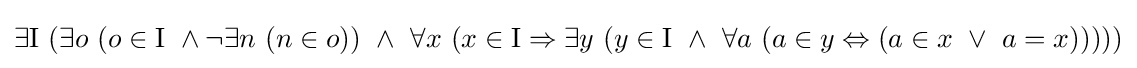
\exists \mathrm {I} \ (\exists o\ (o\in \mathrm {I} \ \land \lnot \exists n\ (n\in o))\ \land \ \forall x\ (x\in \mathrm {I} \Rightarrow \exists y\ (y\in \mathrm {I} \ \land \ \forall a\ (a\in y\Leftrightarrow (a\in x\ \lor \ a=x)))))